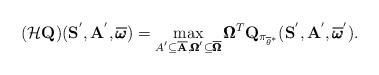
LaTeX: \begin{align*} (\mathcal{H}\mathbf{Q})(\mathbf{S}^{'}, \mathbf{A}^{'}, \overline{\pmb{\omega}}) = \max_{A^{'} \subseteq \overline{\mathbf{A}}, \pmb{\Omega}^{'} \subseteq \overline{\pmb{\Omega}}} \pmb{\Omega}^T\mathbf{Q}_{\pi_{\overline{\theta}^{*}}}(\mathbf{S}^{'}, \mathbf{A}^{'}, \overline{\pmb{\omega}}^{'}).\end{align*}